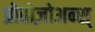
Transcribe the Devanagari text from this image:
प्रोतोज़ोअन्स्